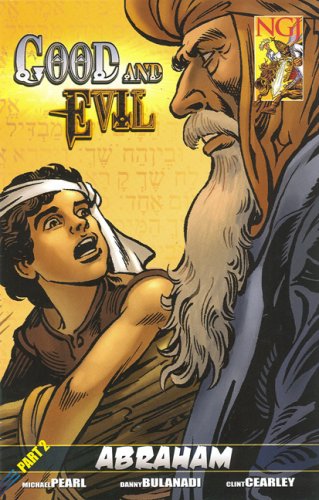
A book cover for Good and Evil Part 1: The Beginning; Michael Pearl; Comics & Graphic Novels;